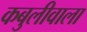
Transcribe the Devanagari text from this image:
कबुलीवाला